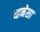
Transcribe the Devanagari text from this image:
व्हनेसा